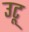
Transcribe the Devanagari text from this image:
उटू